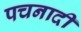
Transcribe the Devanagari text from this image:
पचनादी